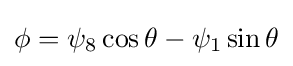
\phi =\psi _{8}\cos \theta -\psi _{1}\sin \theta